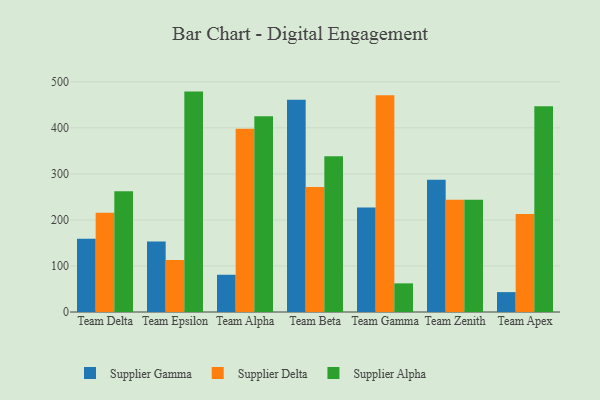
{"axis": {"x": "Team", "y": "Inventory Turnover"}, "legend": ["Supplier Alpha", "Supplier Delta", "Supplier Gamma"], "data": [{"x": "Team Delta", "y": 159.1, "type": "Supplier Gamma"}, {"x": "Team Delta", "y": 215.5, "type": "Supplier Delta"}, {"x": "Team Delta", "y": 262.5, "type": "Supplier Alpha"}, {"x": "Team Epsilon", "y": 153.0, "type": "Supplier Gamma"}, {"x": "Team Epsilon", "y": 112.8, "type": "Supplier Delta"}, {"x": "Team Epsilon", "y": 478.8, "type": "Supplier Alpha"}, {"x": "Team Alpha", "y": 80.9, "type": "Supplier Gamma"}, {"x": "Team Alpha", "y": 398.0, "type": "Supplier Delta"}, {"x": "Team Alpha", "y": 425.1, "type": "Supplier Alpha"}, {"x": "Team Beta", "y": 461.1, "type": "Supplier Gamma"}, {"x": "Team Beta", "y": 271.8, "type": "Supplier Delta"}, {"x": "Team Beta", "y": 338.1, "type": "Supplier Alpha"}, {"x": "Team Gamma", "y": 227.1, "type": "Supplier Gamma"}, {"x": "Team Gamma", "y": 470.6, "type": "Supplier Delta"}, {"x": "Team Gamma", "y": 62.2, "type": "Supplier Alpha"}, {"x": "Team Zenith", "y": 287.3, "type": "Supplier Gamma"}, {"x": "Team Zenith", "y": 243.7, "type": "Supplier Delta"}, {"x": "Team Zenith", "y": 244.1, "type": "Supplier Alpha"}, {"x": "Team Apex", "y": 43.2, "type": "Supplier Gamma"}, {"x": "Team Apex", "y": 212.7, "type": "Supplier Delta"}, {"x": "Team Apex", "y": 447.0, "type": "Supplier Alpha"}]}